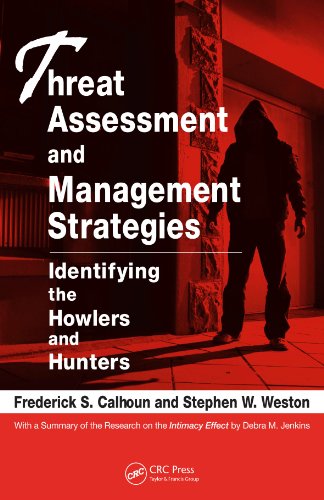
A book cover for Threat Assessment and Management Strategies: Identifying the Howlers and Hunters; Frederick S. Calhoun; Law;